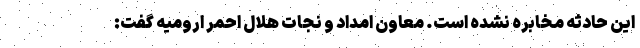
این حادثه مخابره نشده است. معاون امداد و نجات هلال احمر ارومیه گفت: